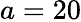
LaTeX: a=20